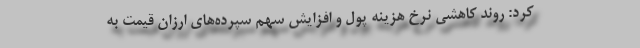
کرد: روند کاهشی نرخ هزینه پول و افزایش سهم سپرده‌های ارزان قیمت به